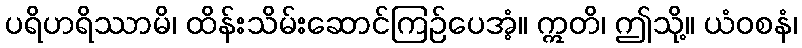
ပရိဟရိဿာမိ၊ ထိန်းသိမ်းဆောင်ကြဉ်ပေအံ့။ ဣတိ၊ ဤသို့။ ယံဝစနံ၊